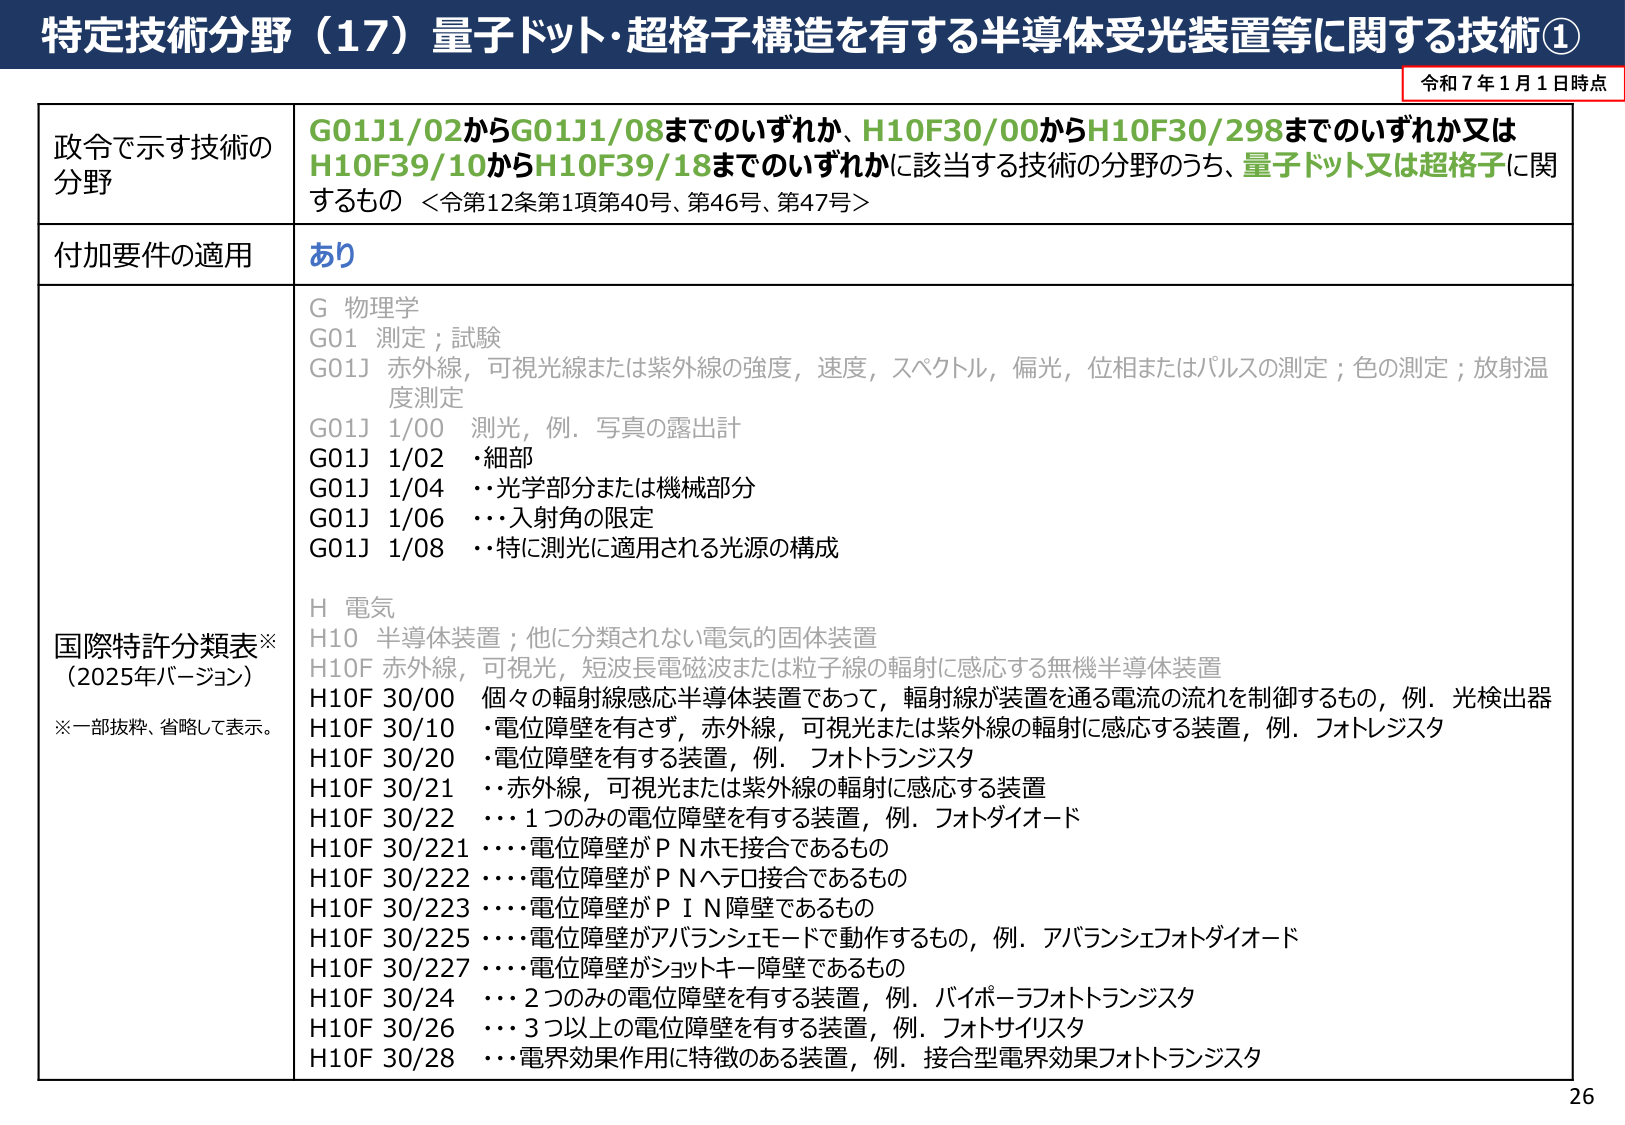
特定技術分野（17）量子ドット・超格子構造を有する半導体受光装置等に関する技術①
令和７年１月１日時点

政令で示す技術の
分野
G01J1/02からG01J1/08までのいずれか、H10F30/00からH10F30/298までのいずれか又は
H10F39/10からH10F39/18までのいずれかに該当する技術の分野のうち、量子ドット又は超格子に関
するもの ＜令第12条第1項第40号、第46号、第47号＞

付加要件の適用
あり

国際特許分類表※
（2025年バージョン）
※一部抜粋、省略して表示。

G 物理学
G01 測定；試験
G01J 赤外線，可視光線または紫外線の強度，速度，スペクトル，偏光，位相またはパルスの測定；色の測定；放射温度測定
G01J 1/00 測光，例．写真の露出計
G01J 1/02 ・細部
G01J 1/04 ・・光学部分または機械部分
G01J 1/06 ・・・入射角の限定
G01J 1/08 ・・特に測光に適用される光源の構成

H 電気
H10 半導体装置；他に分類されない電気的固体装置
H10F 赤外線，可視光，短波長電磁波または粒子線の輻射に感応する無機半導体装置
H10F 30/00 個々の輻射線感応半導体装置であって，輻射線が装置を通る電流の流れを制御するもの，例．光検出器
H10F 30/10 ・電位障壁を有さず，赤外線，可視光または紫外線の輻射に感応する装置，例．フォトレジスタ
H10F 30/20 ・電位障壁を有する装置，例．フォトトランジスタ
H10F 30/21 ・・赤外線，可視光または紫外線の輻射に感応する装置
H10F 30/22 ・・・1つのみの電位障壁を有する装置，例．フォトダイオード
H10F 30/221 ・・・・電位障壁がＰＮホモ接合であるもの
H10F 30/222 ・・・・電位障壁がＰＮヘテロ接合であるもの
H10F 30/223 ・・・・電位障壁がＰＩＮ障壁であるもの
H10F 30/225 ・・・・電位障壁がアバランシェモードで動作するもの，例．アバランシェフォトダイオード
H10F 30/227 ・・・・電位障壁がショットキー障壁であるもの
H10F 30/24 ・・・2つのみの電位障壁を有する装置，例．バイポーラフォトトランジスタ
H10F 30/26 ・・・3つ以上の電位障壁を有する装置，例．フォトサイリスタ
H10F 30/28 ・・・電界効果作用に特徴のある装置，例．接合型電界効果フォトトランジスタ

26